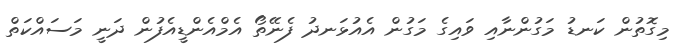
މިގޮތުން ކަނޑު މަގުންނާއި ވައިގެ މަގުން އެއުޅަނދު ފެނޭތޯ އެމްއެންޑީއެފުން ދަނީ މަސައްކަތް